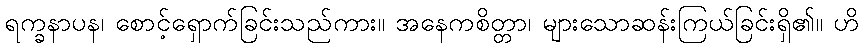
ရက္ခနာပန၊ စောင့်ရှောက်ခြင်းသည်ကား။ အနေကစိတ္တာ၊ များသောဆန်းကြယ်ခြင်းရှိ၏။ ဟိ